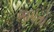
જપતો